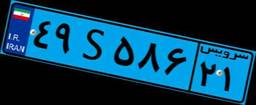
۴۹S۵۸۶۲۱